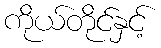
ကိုယ်တိုင်နှင့်